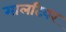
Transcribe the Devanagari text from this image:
मालटियर